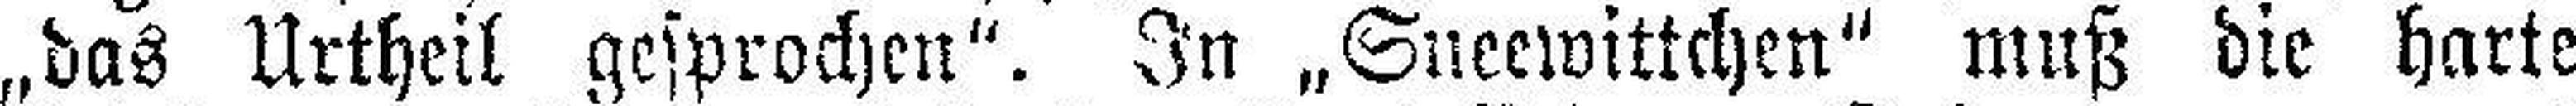
„das Urtheil gesprochen“. In „Sneewittchen“ muß die harte